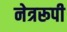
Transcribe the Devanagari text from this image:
नेत्ररूपी